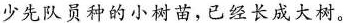
少先队员种的小树苗，已经长成大树。